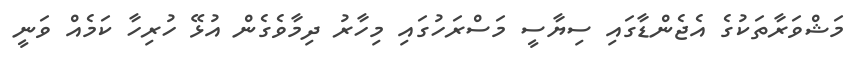
މަޝްވަރާތަކުގެ އެޖެންޑާގައި ސިޔާސީ މަސްރަހުގައި މިހާރު ދިމާވެގެން އުޅޭ ހުރިހާ ކަމެއް ވަނީ